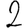
Digit: 2